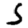
Digit: 5